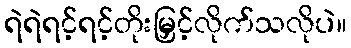
ရဲရဲရင့်ရင့်တိုးမြှင့်လိုက်သလိုပဲ။